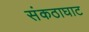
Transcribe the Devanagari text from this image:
संकठाघाट